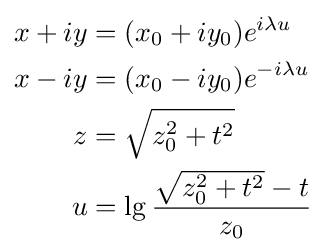
\scriptstyle {\begin{aligned}x+iy&=(x_{0}+iy_{0})e^{i\lambda u}\\x-iy&=(x_{0}-iy_{0})e^{-i\lambda u}\\z&={\sqrt {z_{0}^{2}+t^{2}}}\\u&=\lg {\frac {{\sqrt {z_{0}^{2}+t^{2}}}-t}{z_{0}}}\end{aligned}}